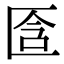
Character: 𠤿